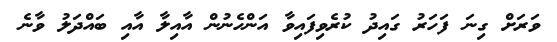
ވަރަށް ގިނަ ފަހަރު ގައިދު ކުރެވިފައިވާ އަންހެނުން އާއިލާ އާއި ބައްދަލު ވާނެ